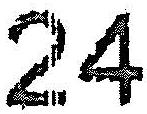
24